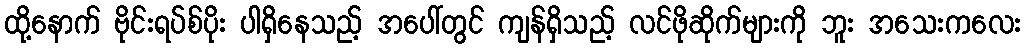
ထို့နောက် ဗိုင်းရပ်စ်ပိုး ပါရှိနေသည့် အပေါ်တွင် ကျန်ရှိသည့် လင်ဖိုဆိုက်များကို ဘူး အသေးကလေး